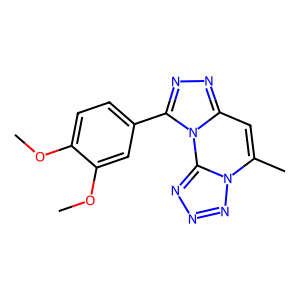
SMILES: COc1ccc(-c2nnc3cc(C)n4nnnc4n23)cc1OC
Inhibits HIV replication: No